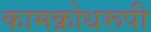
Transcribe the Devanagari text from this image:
कामक्रोधरूपी